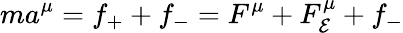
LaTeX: ma^{\mu}=f_{+}+f_{-}=F^{\mu}+F_{\mathcal{E}}^{\mu}+f_{-}